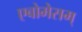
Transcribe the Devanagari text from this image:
एबोमेसम्